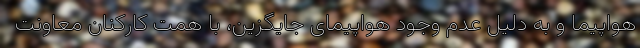
هواپیما و به دلیل عدم وجود هواپیمای جایگزین، با همت کارکنان معاونت